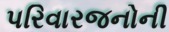
પરિવારજનોની